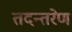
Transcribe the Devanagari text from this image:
तदन्तरेण